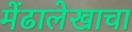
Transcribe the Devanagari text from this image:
मेंढालेखाचा